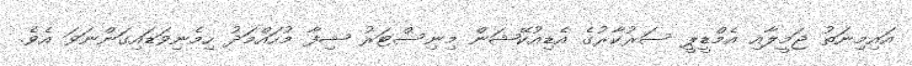
އައިމިނަތު ޖަމީލާއި އެމްޑީޕީ ސަރުކާރުގެ އެޑިއުކޭޝަން މިނިސްޓަރު ޝިފާ މުހައްމަދު ހިމެނިވަޑައިގަންނަވަ އެވެ.